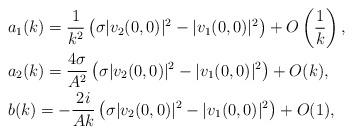
LaTeX: \begin{align*} &a_1(k)=\frac{1}{k^2}\left(\sigma\vert v_2(0,0) \vert^2-\vert v_1(0,0) \vert^2\right)+O\left(\frac{1}{k}\right), \\ &a_2(k)=\frac{4\sigma}{A^2}\left(\sigma\vert v_2(0,0) \vert^2-\vert v_1(0,0) \vert^2\right)+O(k), \\ &b(k)=-\frac{2i}{Ak}\left(\sigma\vert v_2(0,0) \vert^2-\vert v_1(0,0) \vert^2\right)+O(1), \end{align*}